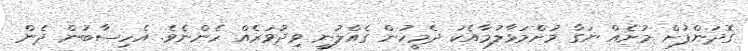
ގޮދަންފުށް މުށެއް ނަގާ މުށްމަޅާލުމާއެކު ދެމީހުން ގެއްލުނީ ވިދުވަރެއް ހެންނެވެ. އެހިސާބުން ދެން